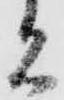
者